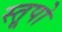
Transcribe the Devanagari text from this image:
स्‍तूपो